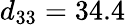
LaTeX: d_{33}=34.4